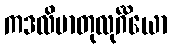
ကဒလိမာတုလုင်္ဂိယော